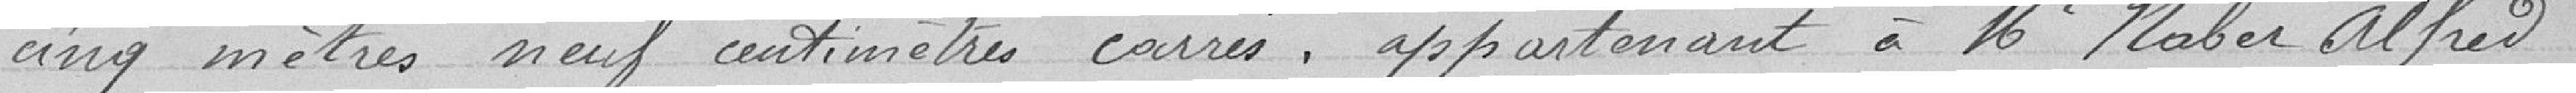
cinq mètre neuf centimètres carrés, appartenant à Monsieur Naber Alfred,